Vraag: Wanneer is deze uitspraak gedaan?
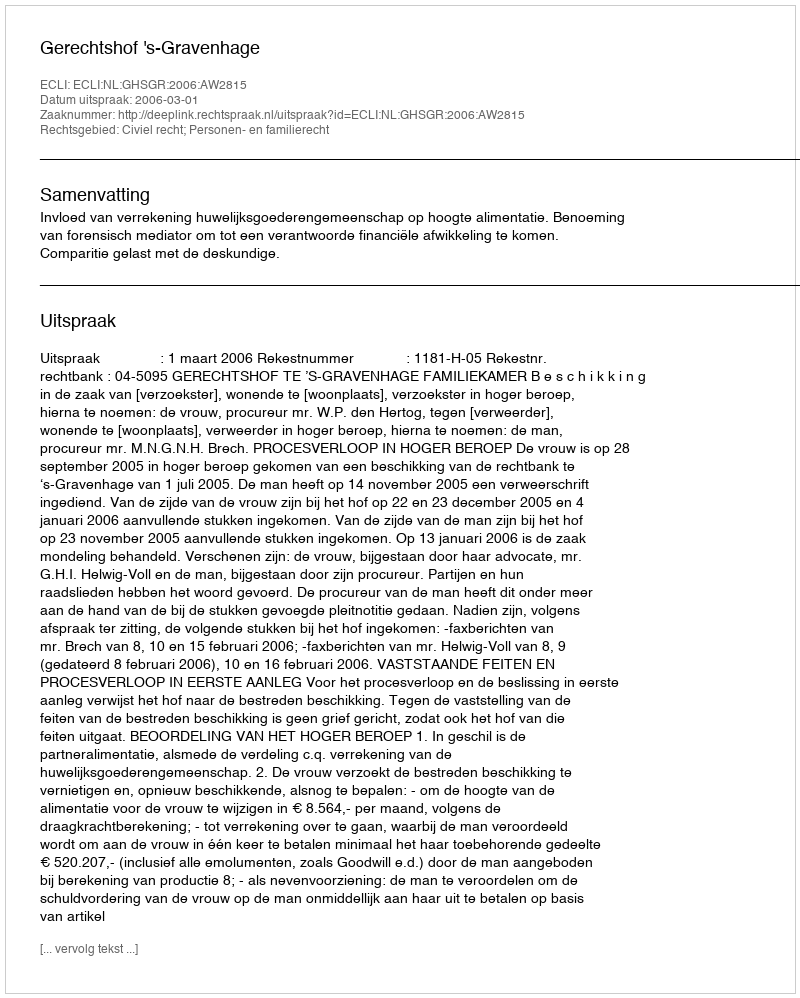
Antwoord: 2006-03-01